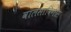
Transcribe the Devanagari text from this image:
वालसाविंगीस